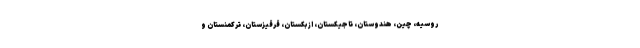
روسیه، چین، هندوستان، تاجیکستان، ازبکستان، قرقیزستان، ترکمنستان و